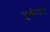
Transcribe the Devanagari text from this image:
तुर्कमन